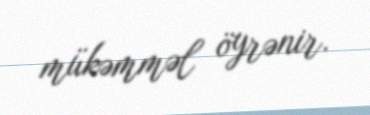
mükəmməl öyrənir.